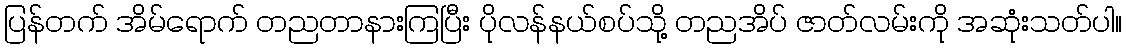
ပြန်တက် အိမ်ရောက် တညတာနားကြပြီး ပိုလန်နယ်စပ်သို့ တညအိပ် ဇာတ်လမ်းကို အဆုံးသတ်ပါ။